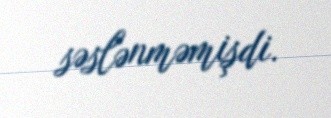
səslənməmişdi.